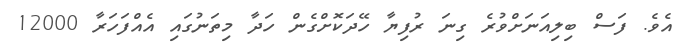
އެވެ. ފަސް ބިލިއަނަށްވުރެ ގިނަ ރުފިޔާ ހޭދަކޮށްގެން ހަދާ މިތަނުގައި އެއްފަހަރާ 12000